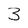
Character: 3